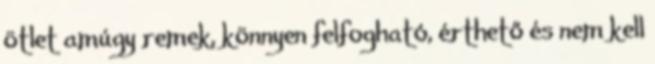
ötlet amúgy remek, könnyen felfogható, érthető és nem kell